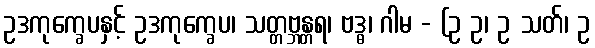
ဥဒကုက္ခေပနှင့် ဥဒကုက္ခေပ၊ သတ္တဗ္ဘန္တရ၊ ဗဒ္ဓ၊ ဂါမ - (ဥ ဥ၊ ဥ သတ်၊ ဥ